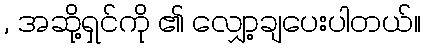
, အဆို့ရှင်ကို ၏ လျှော့ချပေးပါတယ်။